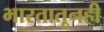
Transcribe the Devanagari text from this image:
भारतातूनही